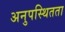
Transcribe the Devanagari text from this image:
अनुपस्थितता